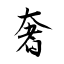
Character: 奢